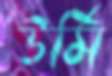
উর্মি